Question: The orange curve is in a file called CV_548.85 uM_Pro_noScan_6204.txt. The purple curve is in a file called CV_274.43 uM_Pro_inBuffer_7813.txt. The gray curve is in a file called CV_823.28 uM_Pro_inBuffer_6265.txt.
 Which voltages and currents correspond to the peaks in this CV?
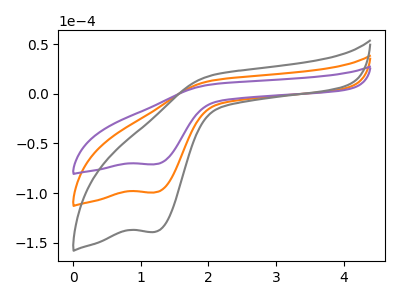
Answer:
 <answer>The orange curve "Pro, 548.85 uM" has a cathodic peak at: (1.20V, -99.45uA). The purple curve "Pro, 274.43 uM" has a cathodic peak at: (1.20V, -71.05uA). The gray curve "Pro, 823.28 uM" has a cathodic peak at: (1.20V, -198.90uA).</answer>
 <eval></eval>